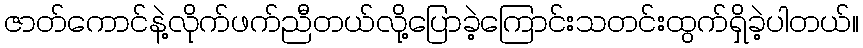
ဇာတ်ကောင်နဲ့လိုက်ဖက်ညီတယ်လို့ပြောခဲ့ကြောင်းသတင်းထွက်ရှိခဲ့ပါတယ်။